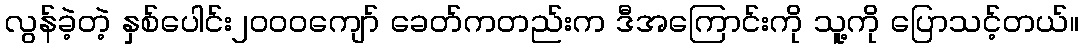
လွန်ခဲ့တဲ့ နှစ်ပေါင်း၂၀၀၀ကျော် ခေတ်ကတည်းက ဒီအကြောင်းကို သူ့ကို ပြောသင့်တယ်။